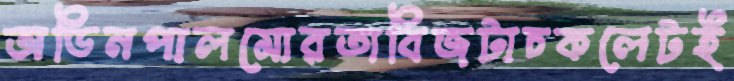
অডিনপালমোরতাবিজটাচকলেটই